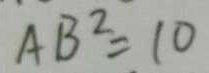
A B ^ { 2 } = 1 0